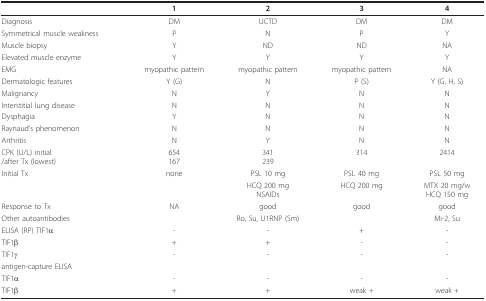
<table><thead><tr><td></td><td><b>1</b></td><td><b>2</b></td><td><b>3</b></td><td><b>4</b></td></tr></thead><tbody><tr><td>Diagnosis</td><td>DM</td><td>UCTD</td><td>DM</td><td>DM</td></tr><tr><td>Symmetrical muscle weakness</td><td>P</td><td>N</td><td>P</td><td>Y</td></tr><tr><td>Muscle biopsy</td><td>Y</td><td>ND</td><td>ND</td><td>NA</td></tr><tr><td>Elevated muscle enzyme</td><td>Y</td><td>Y</td><td>Y</td><td>Y</td></tr><tr><td>EMG</td><td>myopathic pattern</td><td>myopathic pattern</td><td>myopathic pattern</td><td>NA</td></tr><tr><td>Dermatologic features</td><td>Y (G)</td><td>N</td><td>P (S)</td><td>Y (G, H, S)</td></tr><tr><td>Malignancy</td><td>N</td><td>Y</td><td>N</td><td>N</td></tr><tr><td>Interstitial lung disease</td><td>N</td><td>N</td><td>N</td><td>N</td></tr><tr><td>Dysphagia</td><td>Y</td><td>N</td><td>N</td><td>N</td></tr><tr><td>Raynaud&#x27;s phenomenon</td><td>N</td><td>N</td><td>N</td><td>N</td></tr><tr><td>Arthritis</td><td>N</td><td>Y</td><td>N</td><td>N</td></tr><tr><td>CPK (U/L) initial/after Tx (lowest)</td><td>654167</td><td>341239</td><td>314</td><td>2414</td></tr><tr><td>Initial Tx</td><td>none</td><td>PSL 10 mg</td><td>PSL 40 mg</td><td>PSL 50 mg</td></tr><tr><td></td><td></td><td>HCQ 200 mgNSAIDs</td><td>HCQ 200 mg</td><td>MTX 20 mg/wHCQ 150 mg</td></tr><tr><td>Response to Tx</td><td>NA</td><td>good</td><td>good</td><td>good</td></tr><tr><td>Other autoantibodies</td><td></td><td>Ro, Su, U1RNP (Sm)</td><td></td><td>Mi-2, Su</td></tr><tr><td>ELISA (RP) TIF1α</td><td>-</td><td>-</td><td>+</td><td>-</td></tr><tr><td>TIF1β</td><td>+</td><td>+</td><td>-</td><td>-</td></tr><tr><td>TIF1γ</td><td>-</td><td>-</td><td>-</td><td>-</td></tr><tr><td>antigen-capture ELISA</td><td></td><td></td><td></td><td></td></tr><tr><td>TIF1α</td><td>-</td><td>-</td><td>-</td><td>-</td></tr><tr><td>TIF1β</td><td>+</td><td>+</td><td>weak +</td><td>weak +</td></tr></tbody></table>